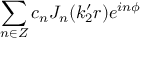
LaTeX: \sum _ { n \in Z } c _ { n } J _ { n } ( k _ { 2 } ^ { \prime } r ) e ^ { i n \phi }